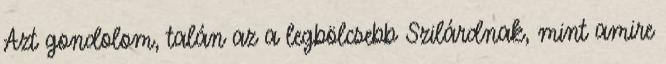
Azt gondolom, talán az a legbölcsebb Szilárdnak, mint amire